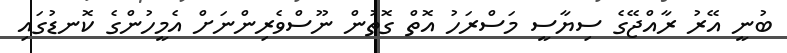
ބުނީ އޭރު ރާއްޖޭގެ ސިޔާސީ މަސްރަހު އޮތް ގޮތުން ނޫސްވެރިންނަށް އެމީހުންގެ ކޮނޑުގައި